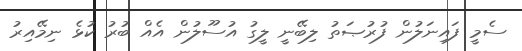
ސެމީ ފައިނަލުން ފުރުޞަތު ލިބޭނީ ލީގު އުސޫލުން އެއް ބުރު ކުޅެ ނިމޭއިރު